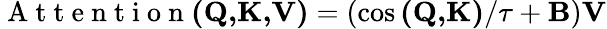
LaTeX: \mathrm{~A~t~t~e~n~t~i~o~n~}\textbf{(Q,K,V)}=(\cos\textbf{(Q,K)}/\tau+\textbf{B})\textbf{V}